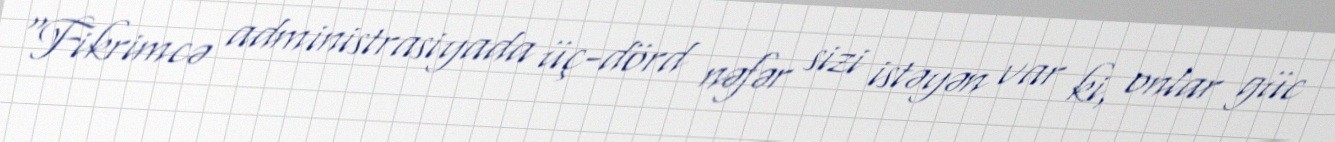
“Fikrimcə administrasiyada üç-dörd nəfər sizi istəyən var ki, onlar güc